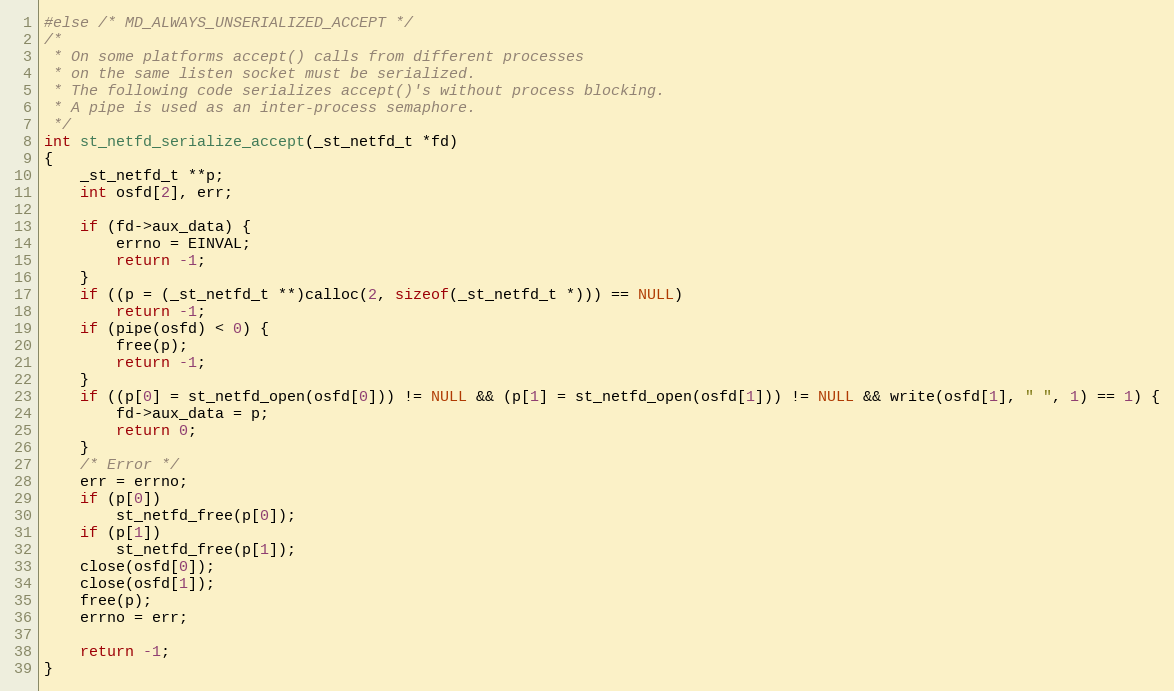
Language: C
#else /* MD_ALWAYS_UNSERIALIZED_ACCEPT */
/*
 * On some platforms accept() calls from different processes
 * on the same listen socket must be serialized.
 * The following code serializes accept()'s without process blocking.
 * A pipe is used as an inter-process semaphore.
 */
int st_netfd_serialize_accept(_st_netfd_t *fd)
{
    _st_netfd_t **p;
    int osfd[2], err;

    if (fd->aux_data) {
        errno = EINVAL;
        return -1;
    }
    if ((p = (_st_netfd_t **)calloc(2, sizeof(_st_netfd_t *))) == NULL)
        return -1;
    if (pipe(osfd) < 0) {
        free(p);
        return -1;
    }
    if ((p[0] = st_netfd_open(osfd[0])) != NULL && (p[1] = st_netfd_open(osfd[1])) != NULL && write(osfd[1], " ", 1) == 1) {
        fd->aux_data = p;
        return 0;
    }
    /* Error */
    err = errno;
    if (p[0])
        st_netfd_free(p[0]);
    if (p[1])
        st_netfd_free(p[1]);
    close(osfd[0]);
    close(osfd[1]);
    free(p);
    errno = err;

    return -1;
}